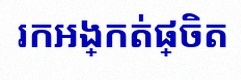
រកអង្កត់ផ្ចិត